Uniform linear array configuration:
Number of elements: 8
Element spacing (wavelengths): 0.5
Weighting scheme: binomial
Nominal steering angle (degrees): -30
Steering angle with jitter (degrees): -31.311
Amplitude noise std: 0.05
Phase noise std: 0.05

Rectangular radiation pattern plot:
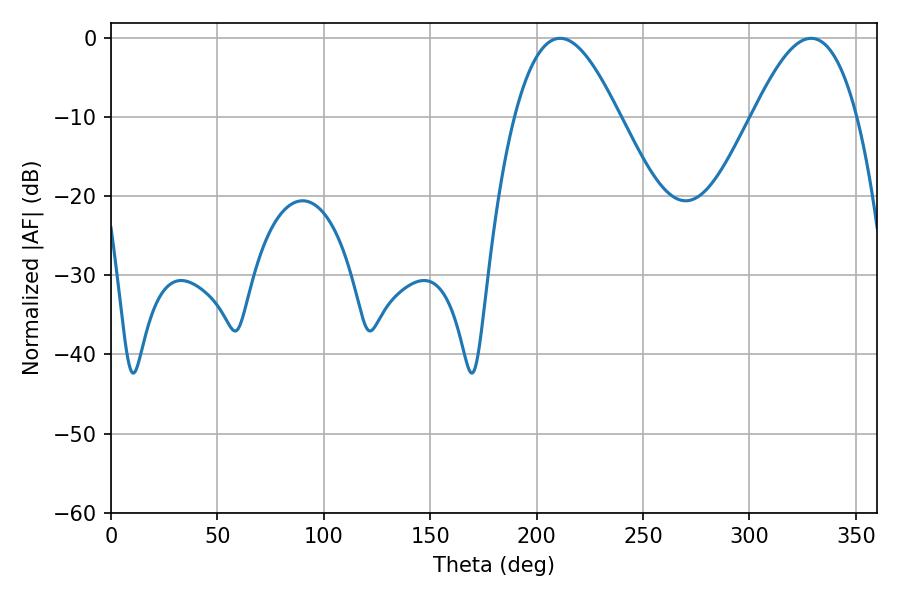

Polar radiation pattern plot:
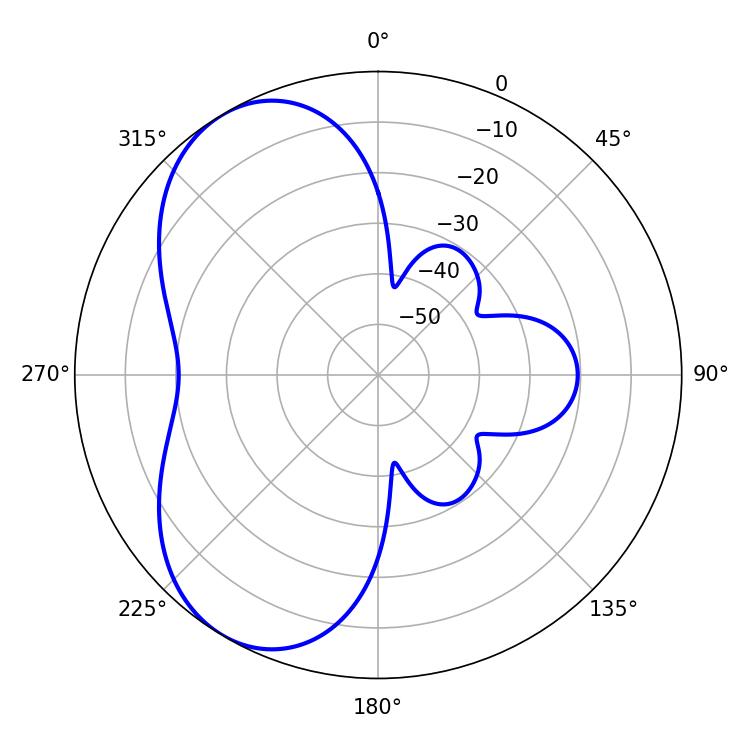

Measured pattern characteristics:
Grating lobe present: FALSE
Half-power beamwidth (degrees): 26.64
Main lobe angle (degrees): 210.96